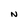
Character: N